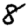
Digit: 8